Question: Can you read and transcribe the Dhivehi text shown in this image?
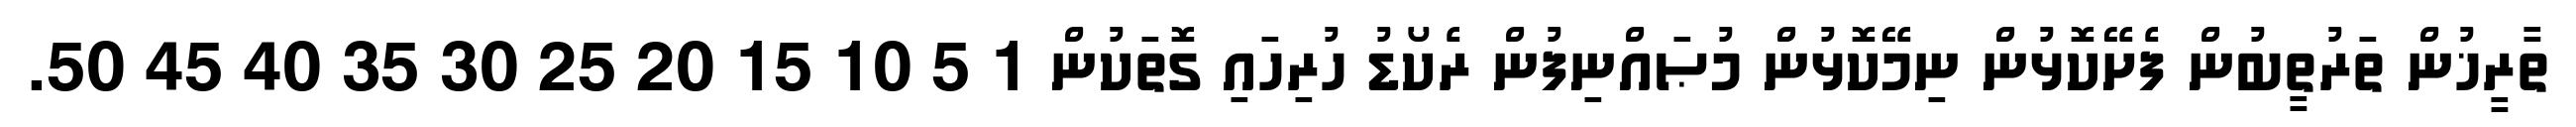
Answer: ތާރީޚުން ތަރުތީބުން ފެށޭކޮޅުން ނިމޭކޮޅުން މުޞައްނިފުން ރެކޯޑު ހުރިހައި ގޮތަކުން 1 5 10 15 20 25 30 35 40 45 50.